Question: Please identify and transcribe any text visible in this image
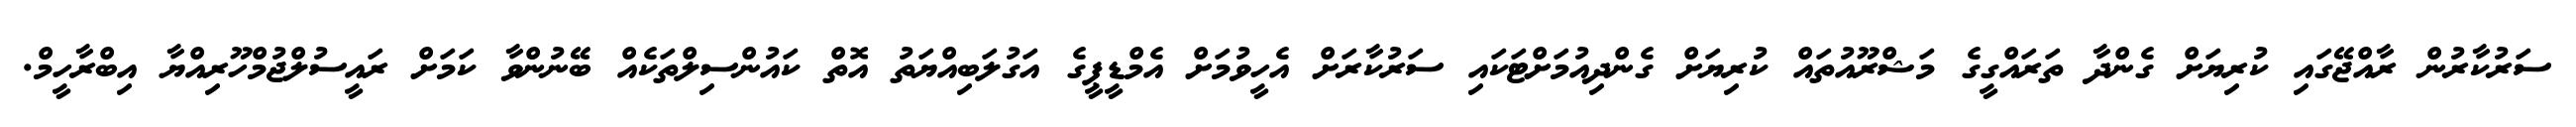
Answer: ސަރުކާރުން ރާއްޖޭގައި ކުރިޔަށް ގެންދާ ތަރައްގީގެ މަޝްރޫއުތައް ކުރިޔަށް ގެންދިއުމަށްޓަކައި ސަރުކާރަށް އެހީވުމަށް އެމްޑީޕީގެ އަގުލަބިއްޔަތު އޮތް ކައުންސިލްތަކެއް ބޭނުންވާ ކަމަށް ރައީސުލްޖުމްހޫރިއްޔާ އިބްރާހީމް.